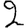
Digit: 2